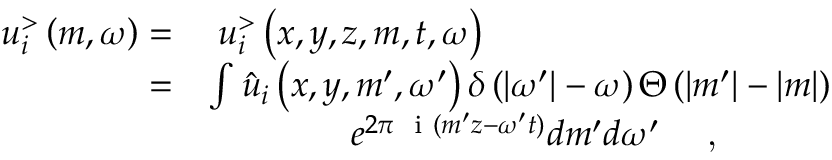
\begin{array} { r l } { u _ { i } ^ { > } \left( m , \omega \right) = } & { \; u _ { i } ^ { > } \left( x , y , z , m , t , \omega \right) } \\ { = } & { \int \hat { u } _ { i } \left( x , y , m ^ { \prime } , \omega ^ { \prime } \right) \delta \left( | \omega ^ { \prime } | - \omega \right) \Theta \left( | m ^ { \prime } | - | m | \right) } \\ & { \qquad \qquad e ^ { 2 \pi \textrm { \fontfamily { c m t t } \selectfont i } ( m ^ { \prime } z - \omega ^ { \prime } t ) } d m ^ { \prime } d \omega ^ { \prime } \quad \textrm { , } } \end{array}